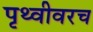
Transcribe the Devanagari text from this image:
पृथ्वीवरच